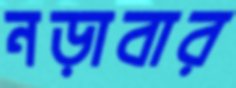
নড়াবার